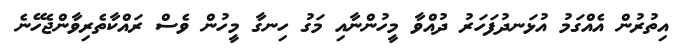
އިތުރުން އެއްގަމު އުޅަނދުފަހަރު ދުއްވާ މީހުންނާއި މަގު ހިނގާ މީހުން ވެސް ރައްކާތެރިވާންޖެހޭނެ